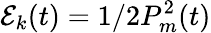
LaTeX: \mathcal{E}_{k}(t)=1/2P_{m}^{2}(t)